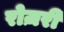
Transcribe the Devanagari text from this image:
रोज़री